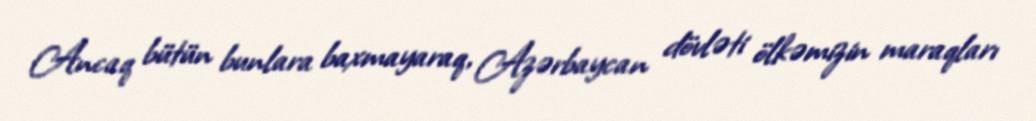
Ancaq bütün bunlara baxmayaraq, Azərbaycan dövləti ölkəmizin maraqları